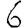
Digit: 6